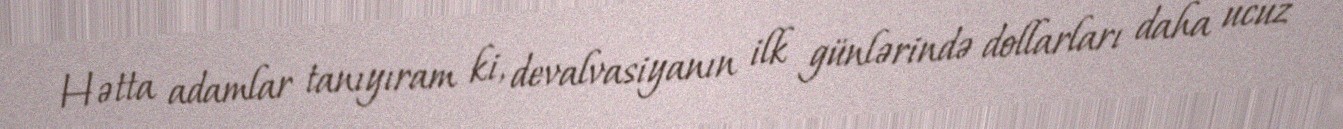
Hətta adamlar tanıyıram ki, devalvasiyanın ilk günlərində dollarları daha ucuz